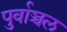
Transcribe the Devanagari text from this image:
पुर्वाञ्चल